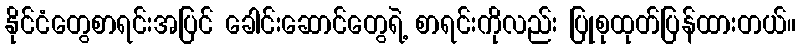
နိုင်ငံတွေစာရင်းအပြင် ခေါင်းဆောင်တွေရဲ့ စာရင်းကိုလည်း ပြုစုထုတ်ပြန်ထားတယ်။